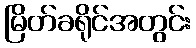
မြိတ်ခရိုင်အတွင်း